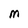
Character: M